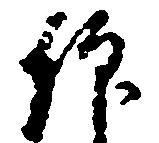
仰